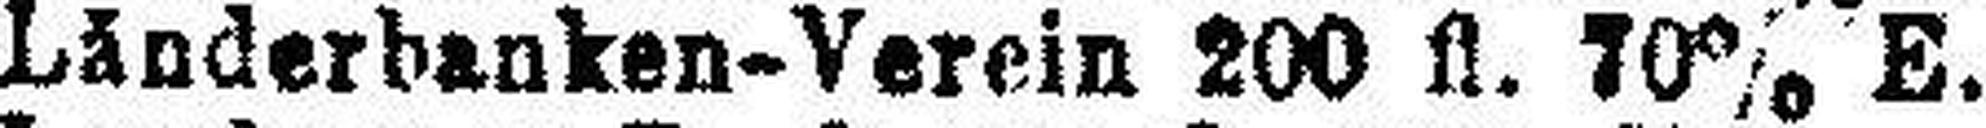
Länderbanken-Verein 200 fl. 70% E.